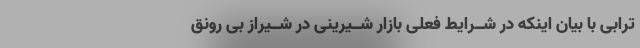
ترابى با بیان اینکه در شــرایط فعلى بازار شــیرینى در شــیراز بى رونق